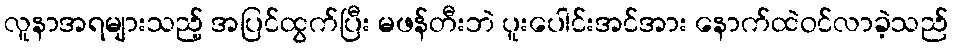
လူနာအရများသည့် အပြင်ထွက်ပြီး မဖန်တီးဘဲ ပူးပေါင်းအင်အား နောက်ထဲဝင်လာခဲ့သည်